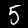
Label: 5